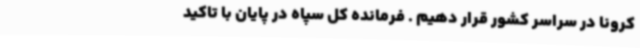
کرونا در سراسر کشور قرار دهیم . فرمانده کل سپاه در پایان با تاکید